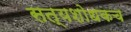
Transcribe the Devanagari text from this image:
सत्यशोधकच